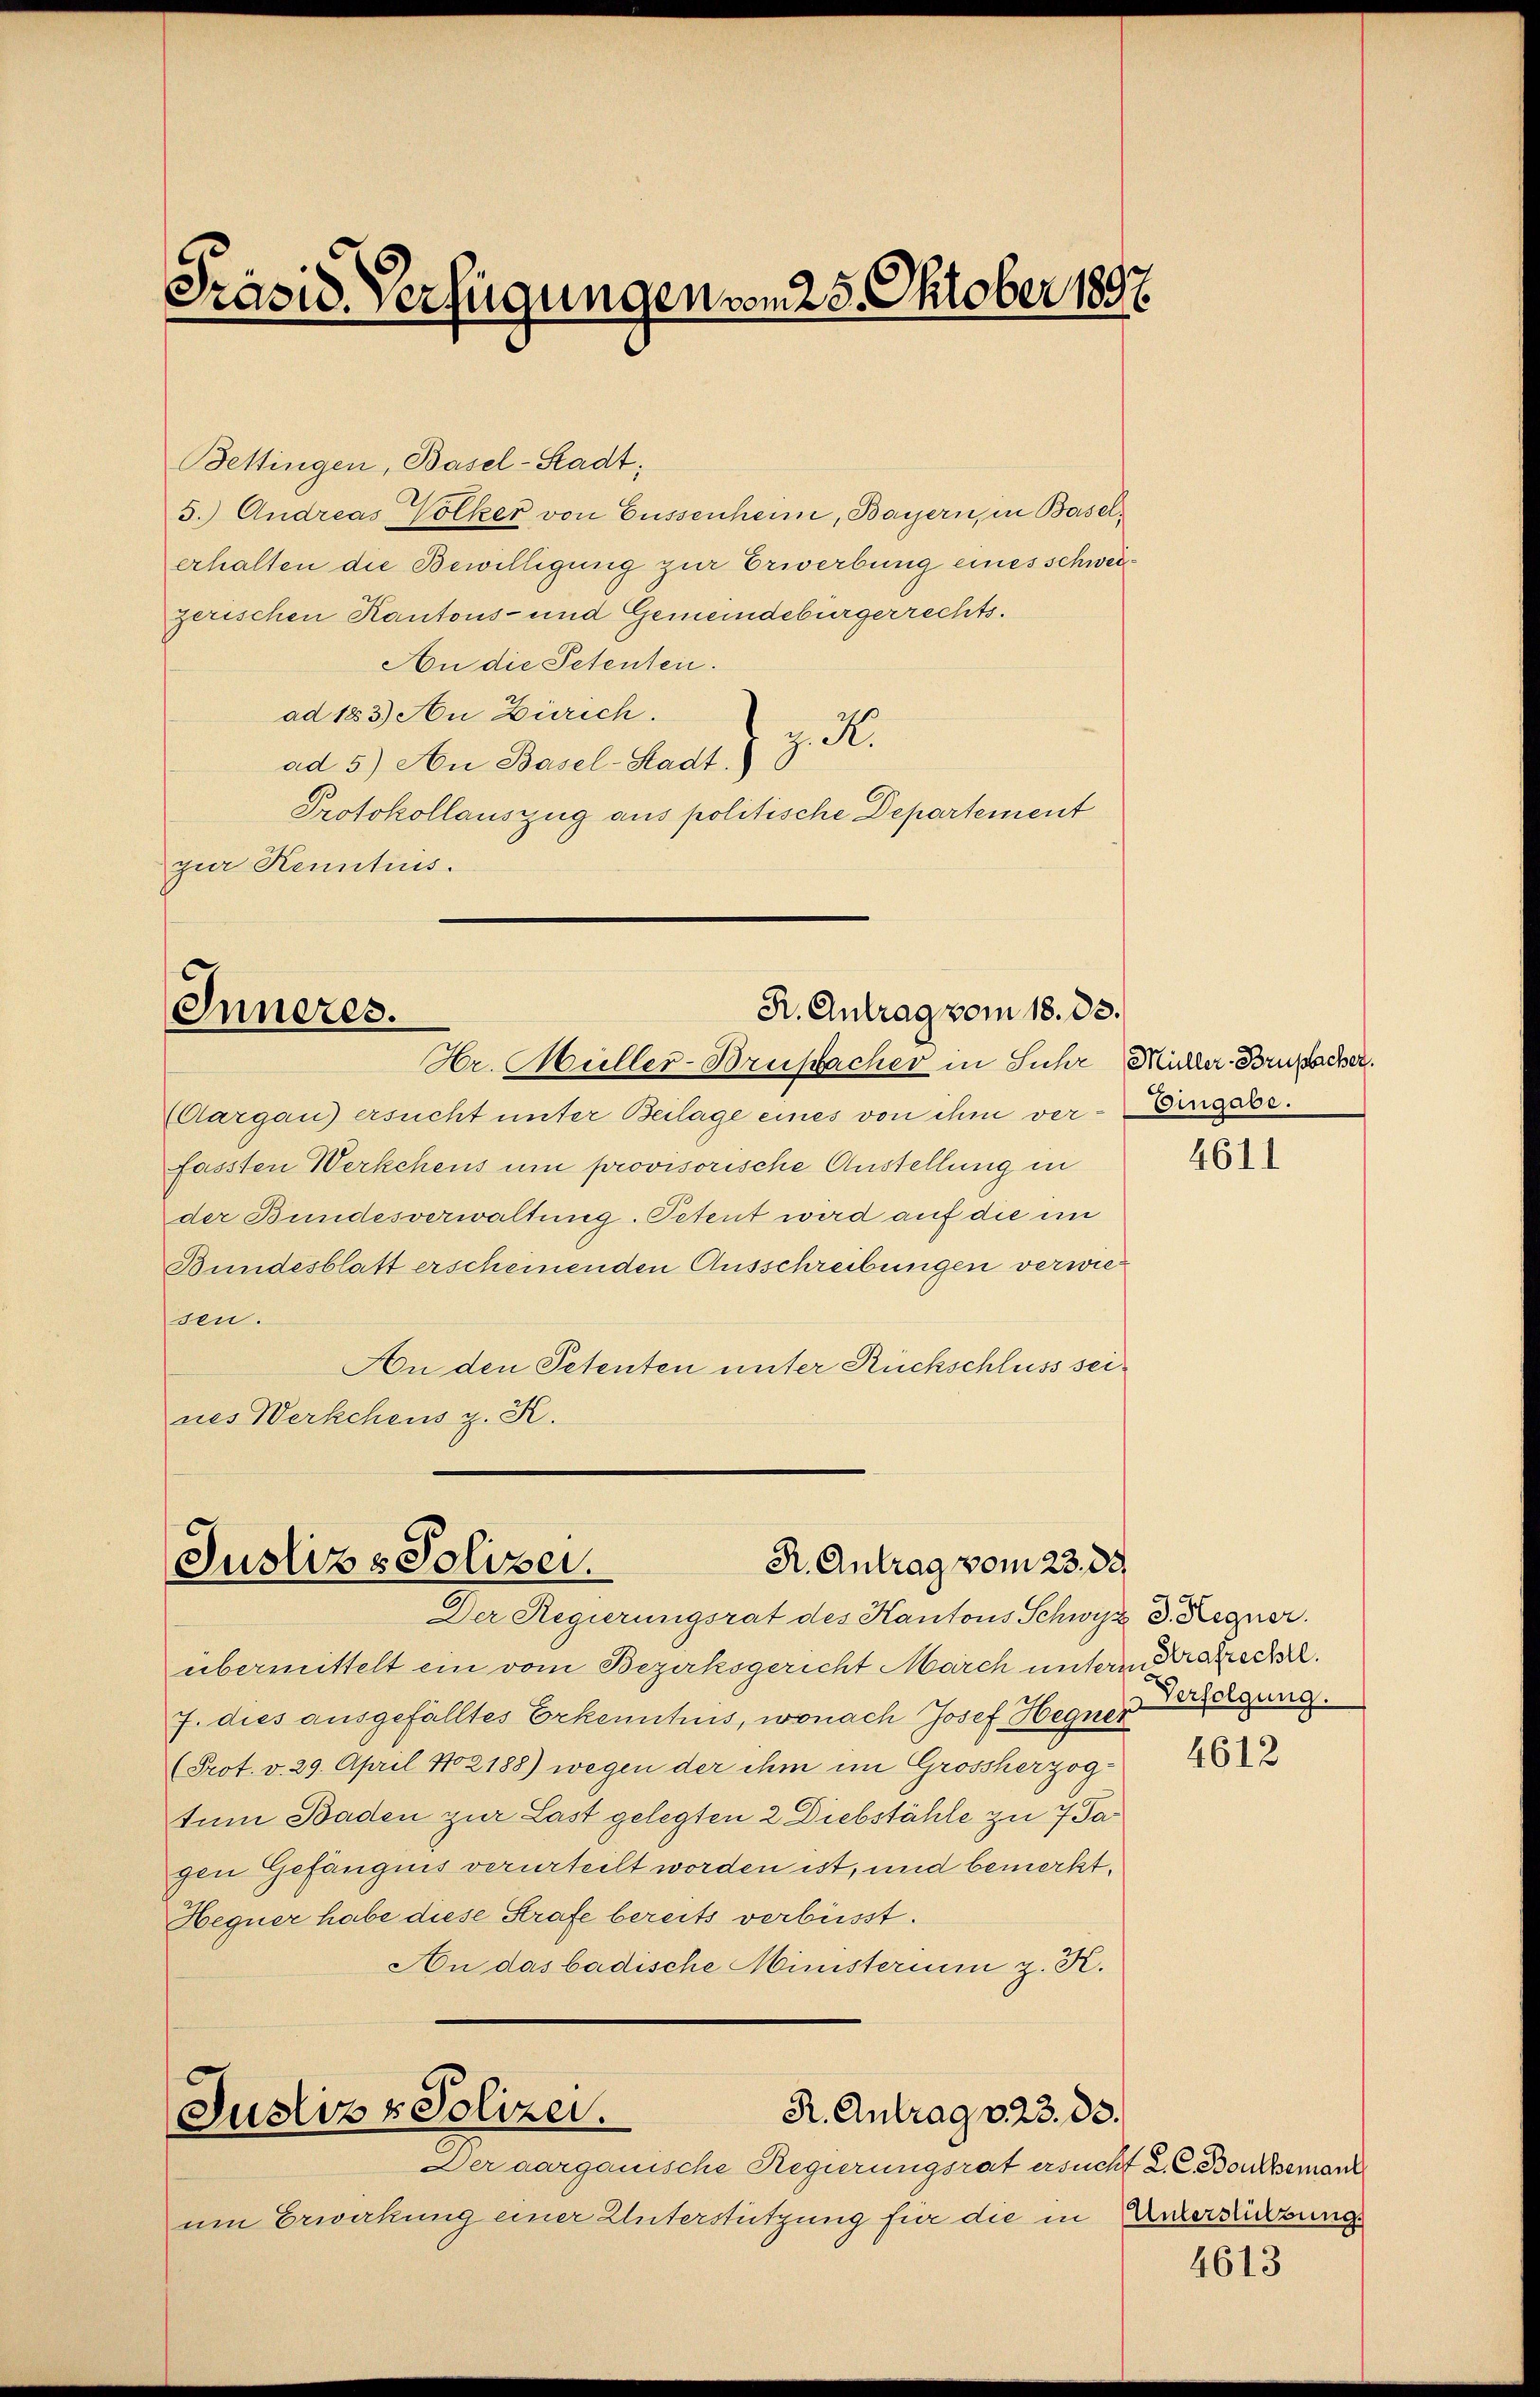
Präsid. Verfügungen vom 25. Oktober 1897.

Bettingen, Basel-Stadt;
5.) Andreas Volker von Füssenheim, Bayern, in Baselerhalten die Bewilligung zur Erwerbung eines schweizerischen Kantons- und Gemeindebürgerrechts.
An die Petenten.
ad 183.) An Zürich.
A.
ad 5) An Basel-Stadt.
Protokollauszug aus politische Departement
zur Kenntius.

R. Antrag vom 18. 33.
Inneres.
Hr. Müller-Brusacher in Suhr Müller-Brupacher.

(Aargau) ersucht unter Beilage eines von ihm ver-Eingass.
fassten Werkehens um provisorische Austellung in
der Bundesverwaltung. Petent wird auf die im
Bundesblatt erscheinenden Ausschreibungen verwiesen.
An den Petenten unter Rückschluss seines Werkchens z. K.

R. Antrag vom 23. 33.
Justiz & Polizei.
Der Regierungsrat des Kantons Schwyz d. Regner.

R. Antrag v. 23. ds.
Justiz & Polizei.

Der aargauische Regierungsrat ersucht 2. C. Boukbeman
um Erwirkung einer Unterstützung für die in

übermittelt ein vom Bezirksgericht March unterm Kratrecht.
J. dies ausgefälltes Erkenntnis, wonach Josef Hegner
(Prot. v. 29. April N02188) wegen der ihm im Grossherzog-
tum Baden zur Last gelegten 2 Diebstähle zu 7 Ja
gen Gefängnis verurteilt worden ist, und bemerkt.
Hegner habe diese Strafe bereits verbüsst.
An das badische Ministerium z. K.

4611

Verfolgung.

4612

Unterstützungs

4613